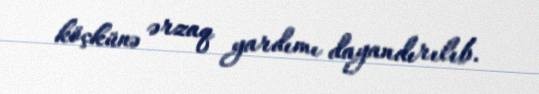
köçkünə ərzaq yardımı dayandırılıb.